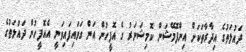
ދައުލަތުގެ އިދާރާތަކަށް އިންފޮމޭޝަން ކޮމިޝަނަރު ގެ އޮފީހުން އަން ގަވައިފައިވަނީ އެއޮފީހުން ދައުލަތުގެ